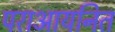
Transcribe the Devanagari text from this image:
पराआयनित